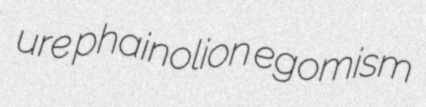
ure phainolion egomism